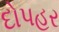
દોપહર